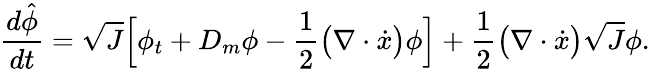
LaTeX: \frac{d\hat{\phi}}{dt}=\sqrt{J}\Big[\phi_{t}+D_{m}\phi-\frac{1}{2}\big(\nabla\cdot\dot{x}\big)\phi\Big]+\frac{1}{2}\big(\nabla\cdot\dot{x}\big)\sqrt{J}\phi.